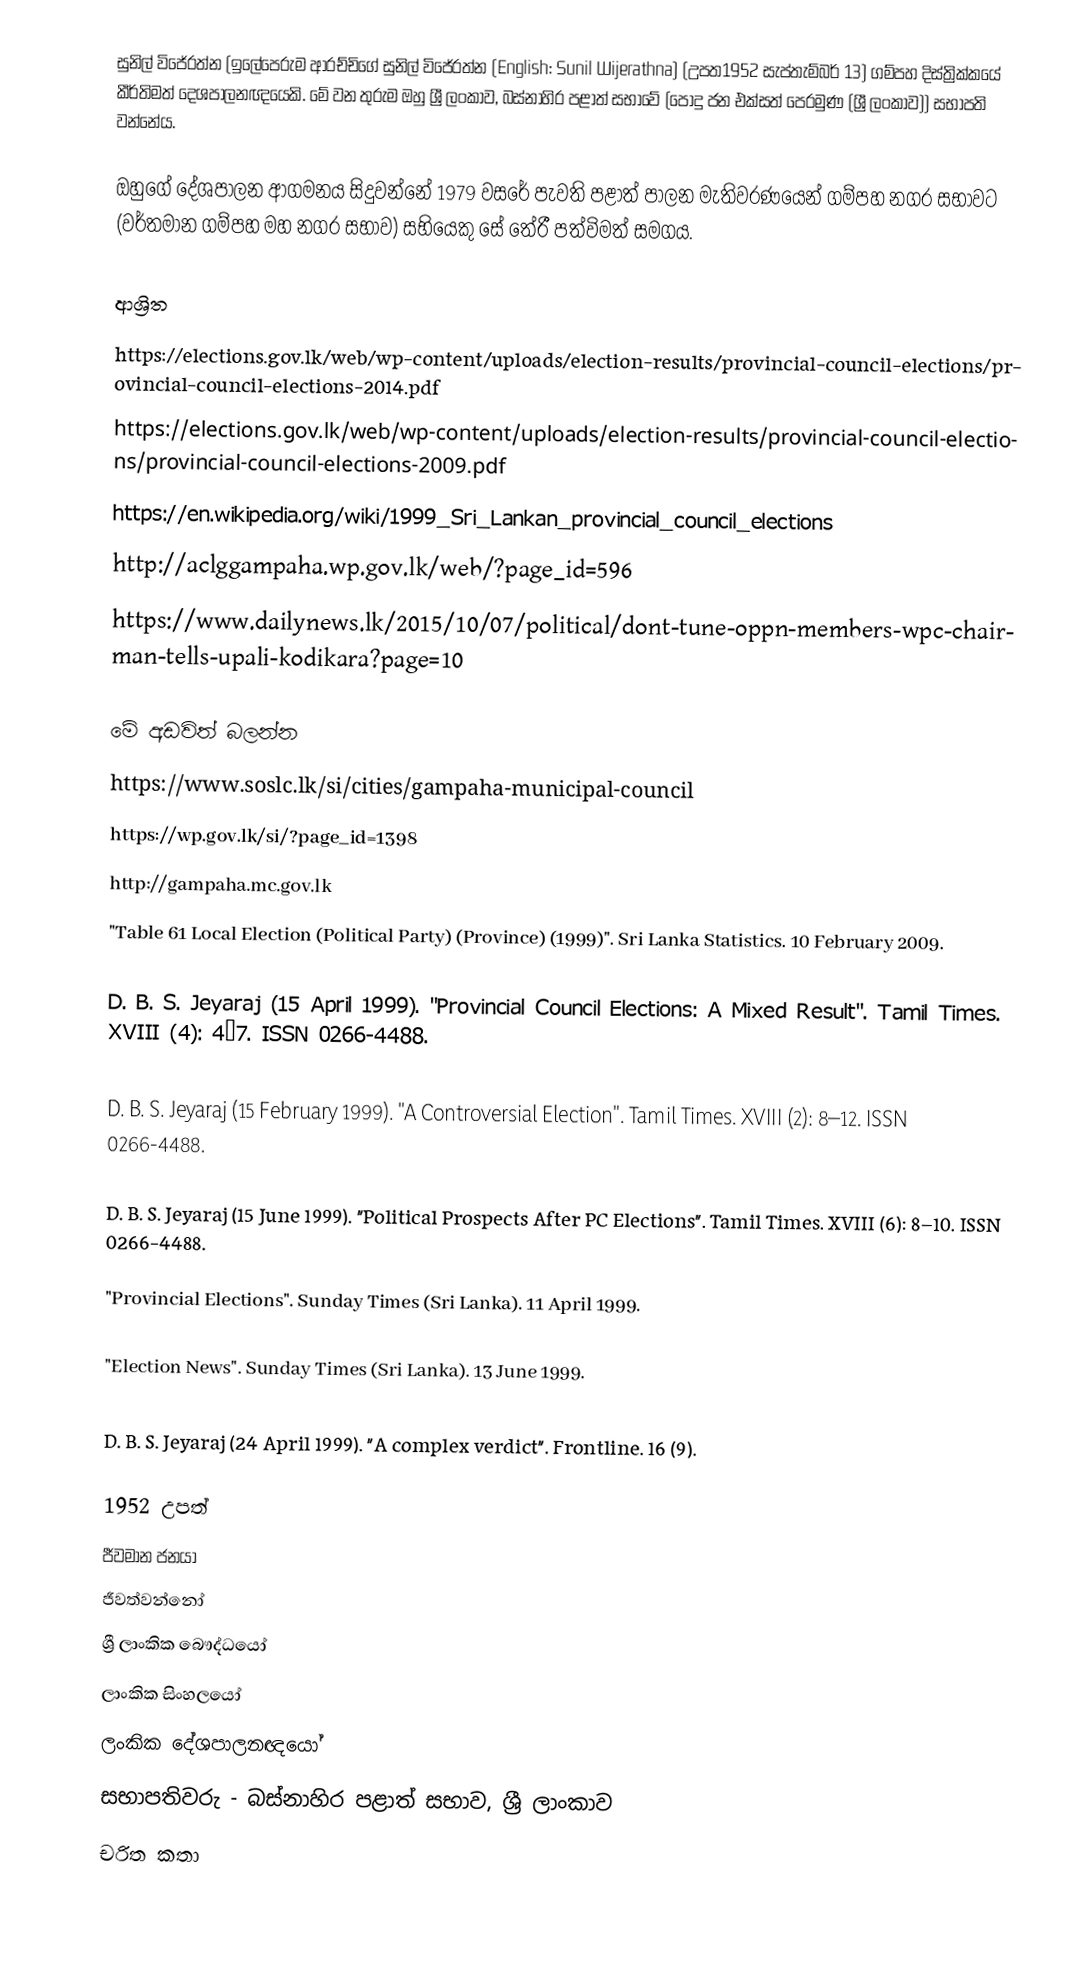
සුනිල් විජේරත්න (ඉලේපෙරුම ආරච්චිගේ සුනිල් විජේරත්න (English: Sunil Wijerathna) (උපත1952 සැප්තැම්බර් 13) ගම්පහ දිස්ත්‍රික්කයේ කීර්තිමත් දෙශපාලනඥයෙකි. මේ වන තුරුම ඔහු ශ්‍රී ලංකාව, බස්නාහිර පළාත් සභාවේ (පොදු ජන එක්සත් පෙරමුණ (ශ්‍රී ලංකාව)) සභාපති වන්නේය.

ඔහුගේ දේශපාලන ආගමනය සිදුවන්නේ 1979 වසරේ පැවති පළාත් පාලන මැතිවරණයෙන් ගම්පහ නගර සභාව‌ට (වර්තමාන ගම්පහ මහ නගර සභාව) සභියෙකු සේ තේරී පත්විමත් සමගය.

ආශ්‍රිත
 https://elections.gov.lk/web/wp-content/uploads/election-results/provincial-council-elections/provincial-council-elections-2014.pdf
 https://elections.gov.lk/web/wp-content/uploads/election-results/provincial-council-elections/provincial-council-elections-2009.pdf
 https://en.wikipedia.org/wiki/1999_Sri_Lankan_provincial_council_elections
 http://aclggampaha.wp.gov.lk/web/?page_id=596
 https://www.dailynews.lk/2015/10/07/political/dont-tune-oppn-members-wpc-chairman-tells-upali-kodikara?page=10

මේ අඩවිත් බලන්න
 https://www.soslc.lk/si/cities/gampaha-municipal-council
 https://wp.gov.lk/si/?page_id=1398
 http://gampaha.mc.gov.lk
 "Table 61 Local Election (Political Party) (Province) (1999)". Sri Lanka Statistics. 10 February 2009.

 D. B. S. Jeyaraj (15 April 1999). "Provincial Council Elections: A Mixed Result". Tamil Times. XVIII (4): 4–7. ISSN 0266-4488.

 D. B. S. Jeyaraj (15 February 1999). "A Controversial Election". Tamil Times. XVIII (2): 8–12. ISSN 0266-4488.

 D. B. S. Jeyaraj (15 June 1999). "Political Prospects After PC Elections". Tamil Times. XVIII (6): 8–10. ISSN 0266-4488.

 "Provincial Elections". Sunday Times (Sri Lanka). 11 April 1999.

 "Election News". Sunday Times (Sri Lanka). 13 June 1999.

 D. B. S. Jeyaraj (24 April 1999). "A complex verdict". Frontline. 16 (9).

1952 උපත්
ජීවමාන ජනයා
ජීවත්වන්නෝ
ශ්‍රී ලාංකික බෞද්ධයෝ
ලාංකික සිංහලයෝ
ලංකික දේශපාලනඥයෝ
සභාපතිවරු - බස්නාහිර පළාත් සභාව, ශ්‍රී ලාංකාව
චරිත කතා